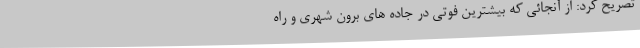
تصریح کرد: از آنجائی که بیشترین فوتی در جاده های برون شهری و راه